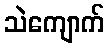
သဲကျောက်